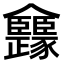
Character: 𠑳